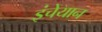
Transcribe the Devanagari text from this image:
इंचेयान